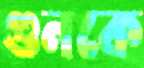
গুনকে